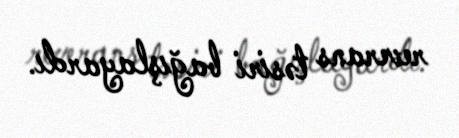
reverans təsiri bağışlayardı.